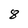
Character: 8